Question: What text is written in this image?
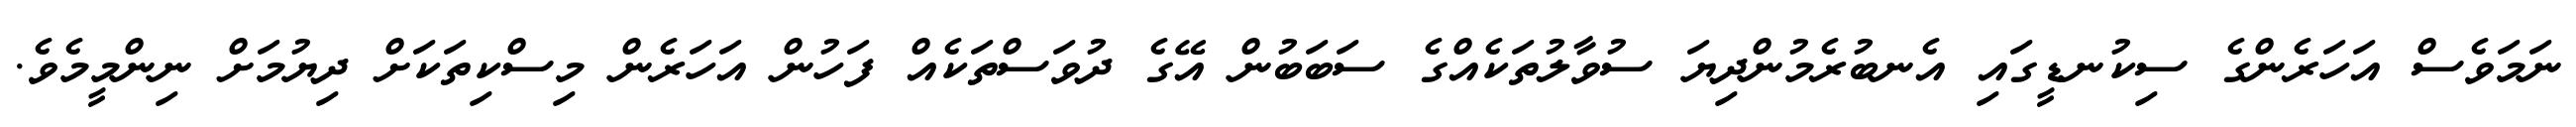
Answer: ނަމަވެސް އަހަރެންގެ ސިކުނޑީގައި އެނބުރެމުންދިޔަ ސުވާލުތަކެއްގެ ސަބަބުން އޭގެ ދުވަސްތަކެއް ފަހުން އަހަރެން މިސްކިތަކަށް ދިޔުމަށް ނިންމީމެވެ.